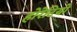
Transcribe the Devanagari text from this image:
होरेटियो